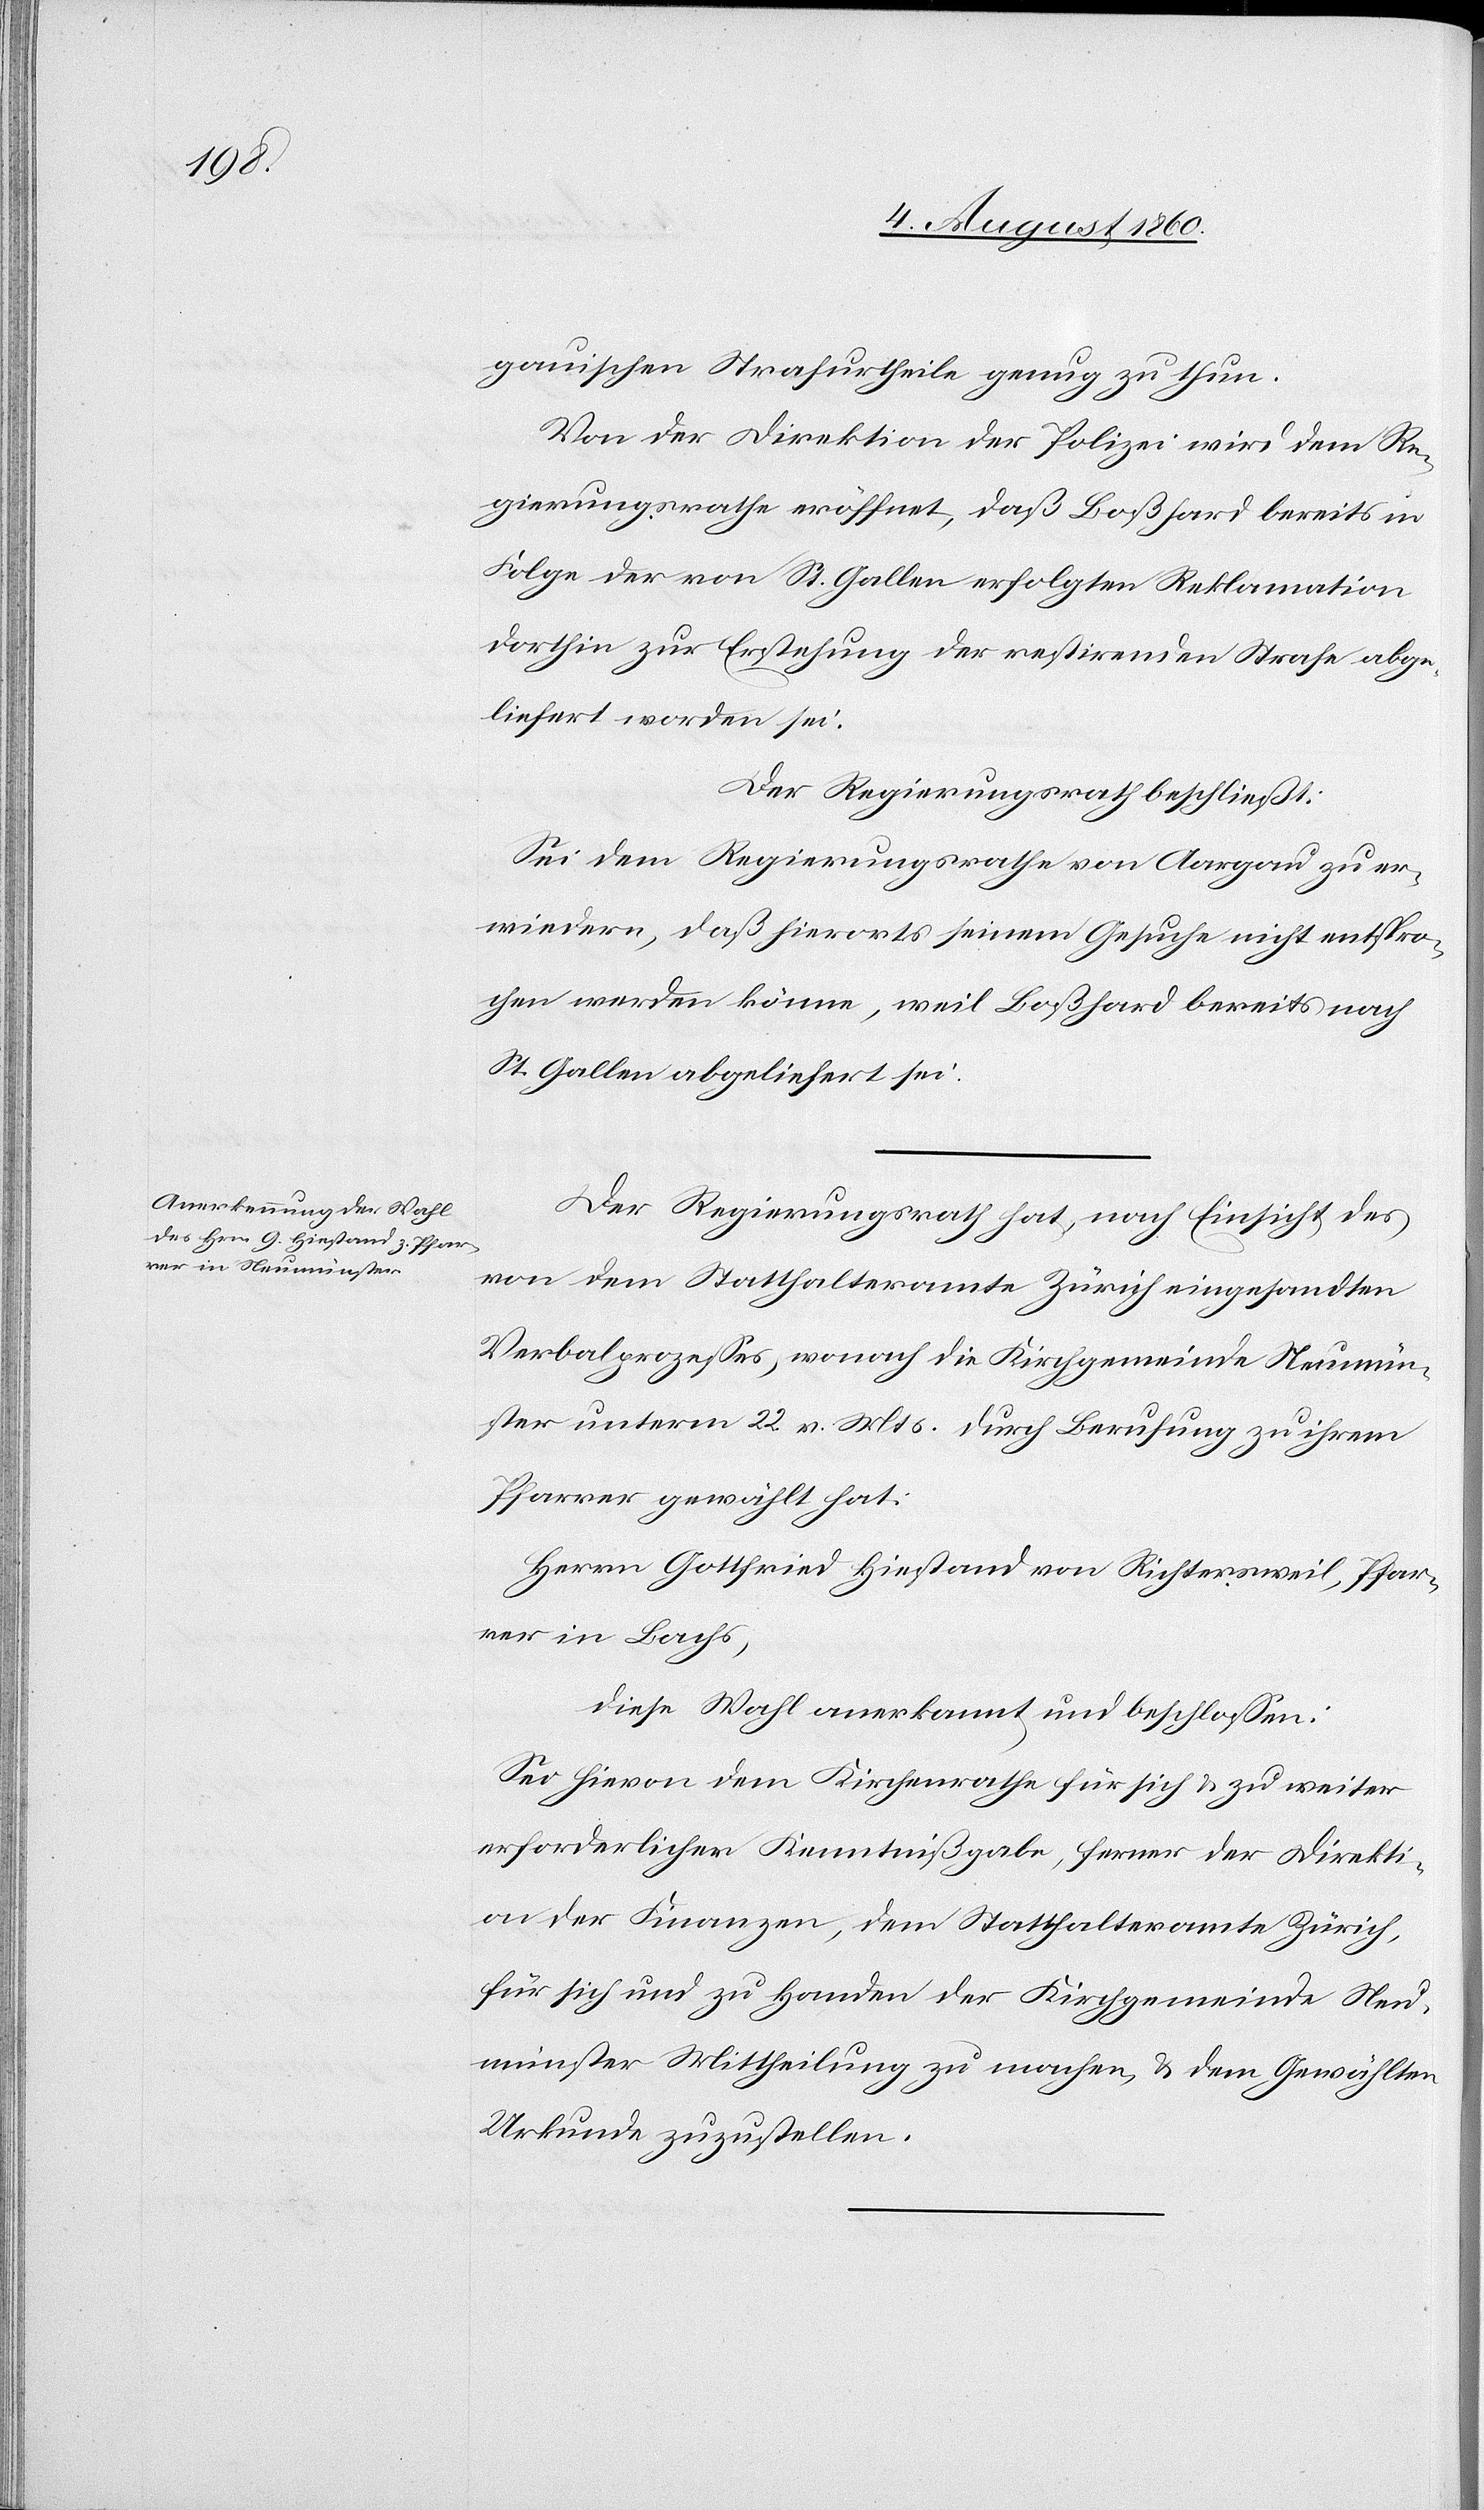
aar¬

gauischen Strafurtheile genug zu thun.
Von der Direktion der Polizei wird dem Re¬
gierungsrathe eröffnet, dass Bosshard bereits in
Folge der von St. Gallen erfolgten Reklamation
dorthin zur Erstehung der restirenden Strafe abge¬
liefert worden sei.
Der Regierungsrath beschließt:
Sei dem Regierungsrathe von Aargau zu er¬
wiedern, dass hierorts seinem Gesuche nicht entspro¬
chen werden könne, weil Bosshard bereits nach
St. Gallen abgeliefert sei.
Der Regierungsrath hat, nach Einsicht des
von dem Statthalteramte Zürich eingesandten
Verbalprozesses, wonach die Kirchgemeinde Neumün¬
ster unterm 22. v. Mt. durch Berufung zu ihrem
Pfarrer gewählt hat:
Herrn Gottfried Hiestand von Richtersweil, Pfar¬
rer in Bachs,
diese Wahl anerkannt u. beschlossen:
Sei hievon dem Kirchenrathe für sich und zu weiter
erforderlicher Kenntnissgabe, ferner der Direkti¬
on der Finanzen, dem Statthalteramte Zürich
für sich und zu Handen der Kirchgemeinde Neu¬
münster Mittheilung zu machen u. dem Gewählten
Urkunde zuzustellen.